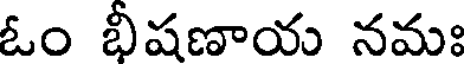
ఓం భీషణాయ నమః